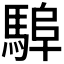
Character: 𩣸